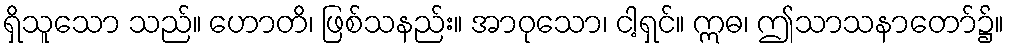
ရှိသူသော သည်။ ဟောတိ၊ ဖြစ်သနည်း။ အာဝုသော၊ ငါ့ရှင်။ ဣဓ၊ ဤသာသနာတော်၌။